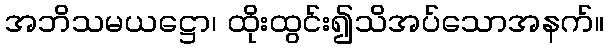
အဘိသမယဋ္ဌော၊ ထိုးထွင်း၍သိအပ်သောအနက်။